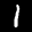
Label: 1